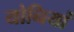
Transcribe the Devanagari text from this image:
योनियां